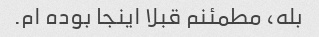
بله، مطمئنم قبلا اینجا بوده ام.